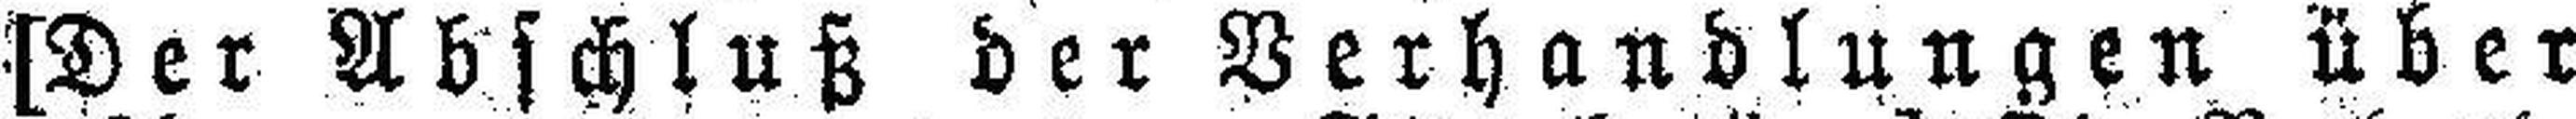
[Der Abschluß der Verhandlungen über